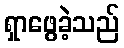
ရှာဖွေခဲ့သည်